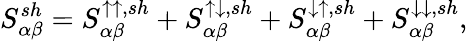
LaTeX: {S_{\alpha\beta}^{sh}=S_{\alpha\beta}^{\uparrow\uparrow,sh}+S_{\alpha\beta}^{\uparrow\downarrow,sh}+S_{\alpha\beta}^{\downarrow\uparrow,sh}+S_{\alpha\beta}^{\downarrow\downarrow,sh},}